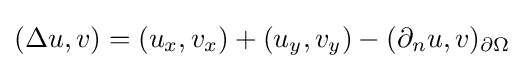
(\Delta u,v)=(u_{x},v_{x})+(u_{y},v_{y})-(\partial _{n}u,v)_{\partial \Omega }